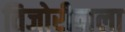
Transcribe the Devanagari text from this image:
तिजोरीवाला